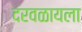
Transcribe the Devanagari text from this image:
दरवळायला